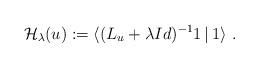
LaTeX: \begin{align*}\mathcal H_\lambda (u):=\langle (L_u+\lambda Id )^{-1}1\, | \, 1\rangle \ .\end{align*}